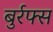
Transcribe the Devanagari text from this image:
बुर्रफ्स